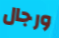
ورجال